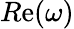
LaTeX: R\mathrm{e}(\omega)